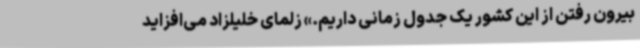
بیرون رفتن از این کشور یک جدول زمانی داریم.» زلمای خلیلزاد می‌افزاید